Jaan_Tonisson_(Lasteleht), lk 58
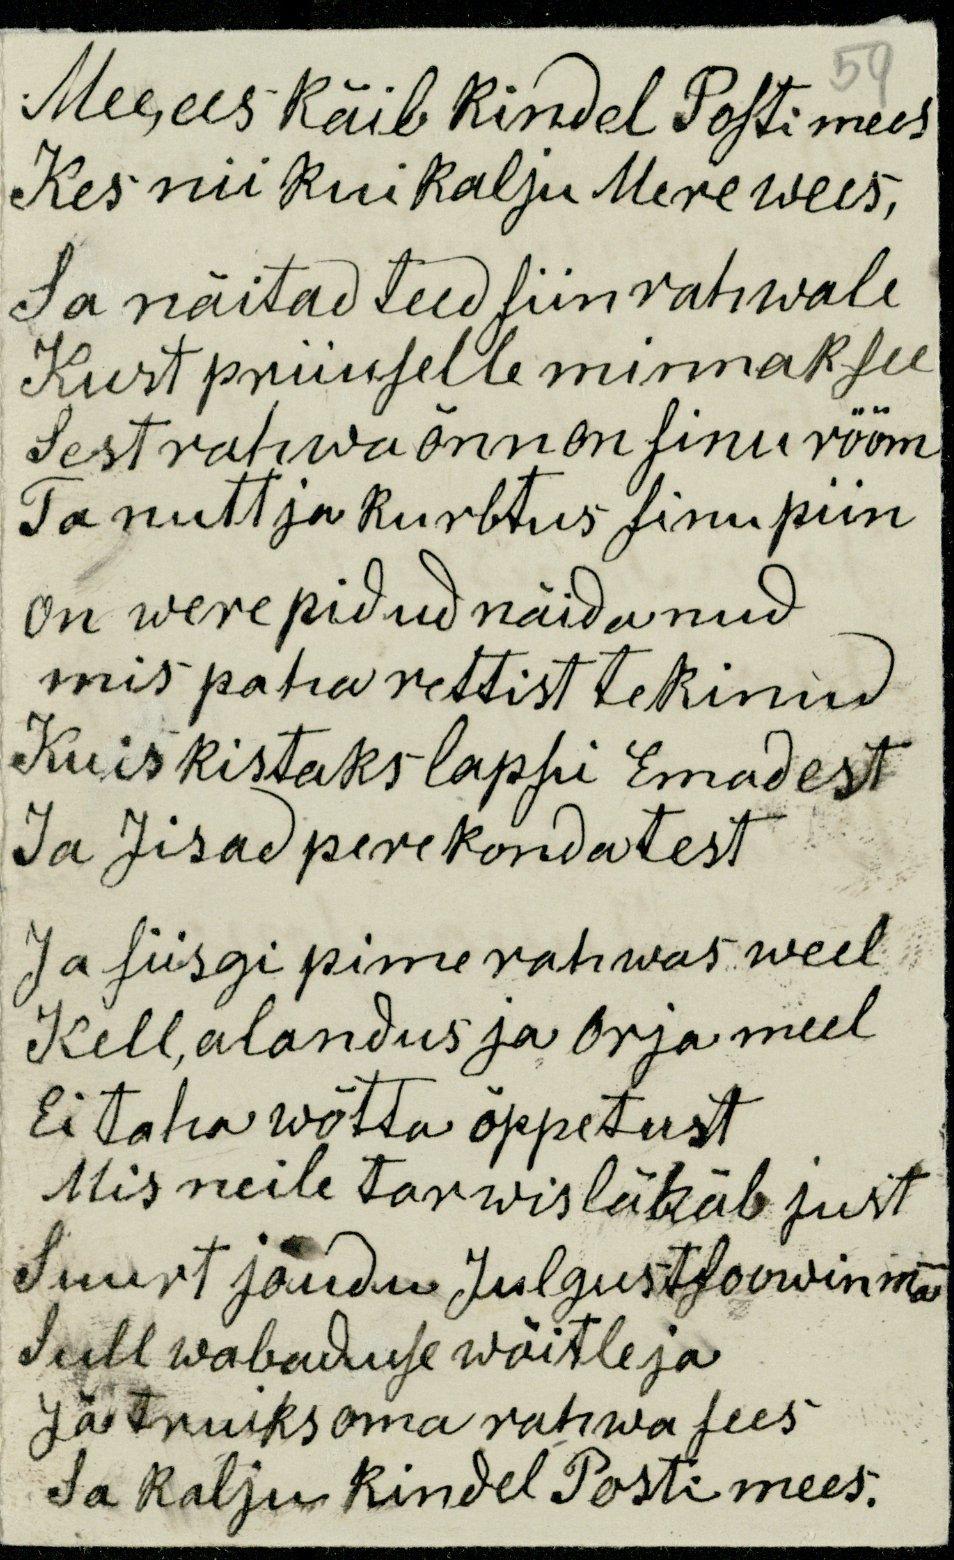
Mee ees käib kindel Postimees
59
Kes nii kui kalju Mere wees,
Sa näitad teed siin rahwale
Kust priiuselle minnaksee
Sest rahwa õnn on sinu rõõm
Ta nutt ja kurbtus sinu piin
on were pidud näidanud
mis paharettist tekinud
Kuis kistaks lapsi Emadest
Ja Jisad perekondatest
Ja siisgi pime rahwas weel
Kell, alandus ja orja meel.
Ei taha wõtta õppetust
Mis neile tarwis lähäb just
Suurt jõudu Julgust soowin ma
Sull wabaduse wõitleja
Jä truiks oma rahwa sees
Sa kalju kindel Postimees.